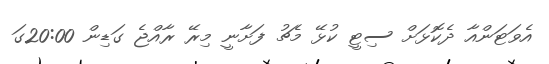
އެވަޓަންއާ ދެކޮޅަށް ސިޓީ ކުޅޭ މެޗު ފަށާނީ މިރޭ ރާއްޖެ ގަޑިން 20:00ގަ